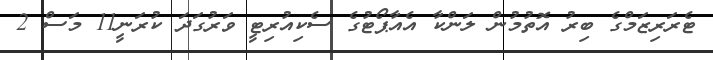
ޓެރަރިޒަމްގެ ބިރު އޮތުމުން ލަންކާ އެއާޕޯޓުގެ ސެކިއުރިޓީ ވަރުގަދަ ކުރަނީ11 މަސް 2